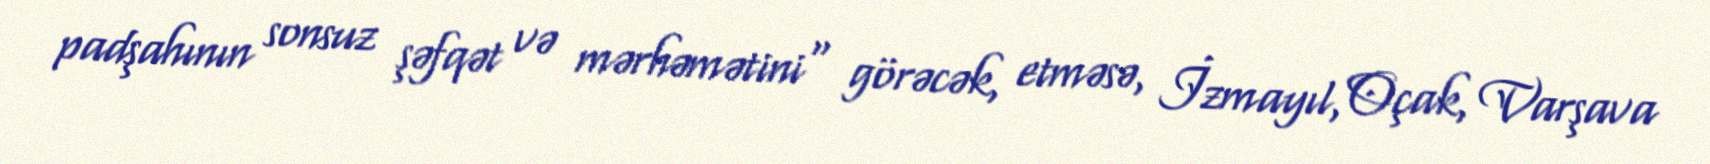
padşahının sonsuz şəfqət və mərhəmətini" görəcək, etməsə, İzmayıl, Oçak, Varşava